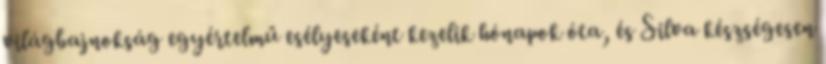
világbajnokság egyértelmű esélyeseként kezelik hónapok óta, és Silva készségesen